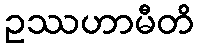
ဥဿဟာမီတိ